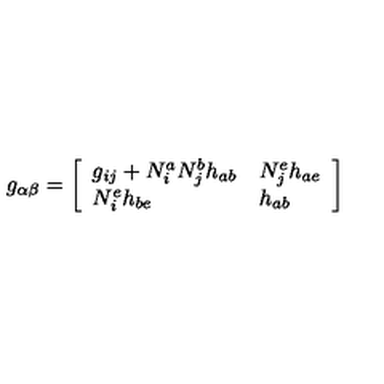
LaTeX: g _ { \alpha \beta } = \left[ \begin{array} { l l } { g _ { i j } + N _ { i } ^ { a } N _ { j } ^ { b } h _ { a b } } & { N _ { j } ^ { e } h _ { a e } } \\ { N _ { i } ^ { e } h _ { b e } } & { h _ { a b } } \\ \end{array} \right]